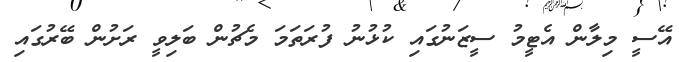
އޭސީ މިލާން އެޓީމު ސީޒަނުގައި ކުޅުނު ފުރަތަމަ މެޗުން ބަލިވީ ރަށުން ބޭރުގައި